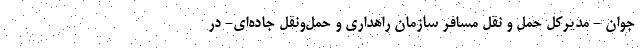
جوان - مدیرکل حمل و نقل مسافر سازمان راهداری و حمل‌ونقل جاده‌ای- در